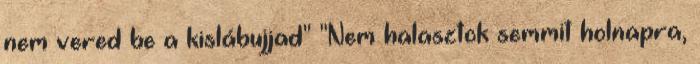
nem vered be a kislábujjad" "Nem halasztok semmit holnapra,